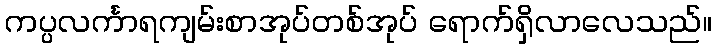
ကပ္ပလင်္ကာရကျမ်းစာအုပ်တစ်အုပ် ရောက်ရှိလာလေသည်။